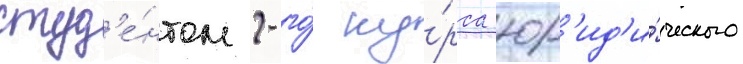
студ'е́нтом 2-го́ ку́рса юр'ид'и́ческого